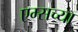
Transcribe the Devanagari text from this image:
एम्सच्या